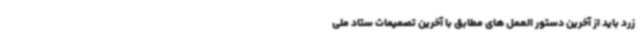
زرد باید از آخرین دستور العمل های مطابق با آخرین تصمیمات ستاد ملی